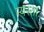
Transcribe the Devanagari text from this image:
न्यस्ताः